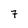
Character: 7